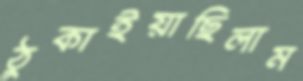
ঠুকাইয়াছিলাম